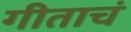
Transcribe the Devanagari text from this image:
गीताचं